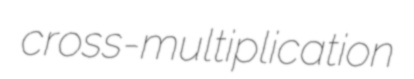
cross-multiplication